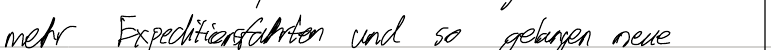
mehr Expeditionsfahrten und so gelangen neue